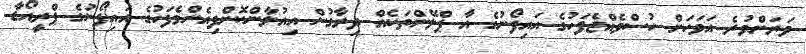
ވަރަށްވުރެ އަވަހަށް ހުސްވެއްޖެފަހުގެ އައިފޯނުގެ އާ ޕްލޭންތަކެއް ދިރާގުން އިއުލާންކޮށްފިއެންމެފަހުގެ އައިފޯނުގެ ޕްރީއޯޑާ